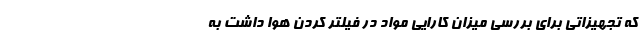
که تجهیزاتی برای بررسی میزان کارایی مواد در فیلتر کردن هوا داشت به